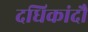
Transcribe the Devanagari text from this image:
दधिकांदौ